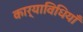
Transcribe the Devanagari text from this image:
कार्याविधियाँ